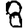
Digit: 8